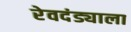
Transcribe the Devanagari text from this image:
रेवदंड्याला